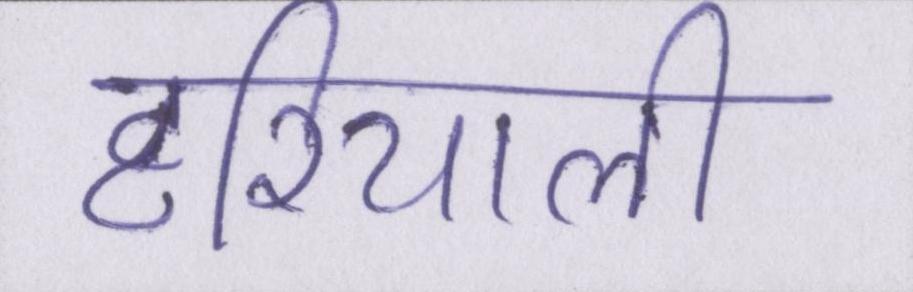
हरियाली